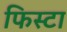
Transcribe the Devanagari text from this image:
फिस्टा